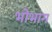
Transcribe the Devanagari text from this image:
भोभाग